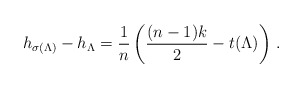
\begin{align*}h_{\sigma(\Lambda)} - h_\Lambda = \frac 1n \left(\frac{(n-1)k}2 - t(\Lambda) \right) \,.\end{align*}